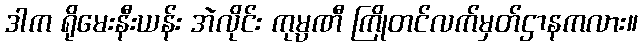
ဒါက ရိုမေးနီးယန်း အဲလိုင်း ကုမ္ပဏီ ကြိုတင်လက်မှတ်ဌာနကလား။